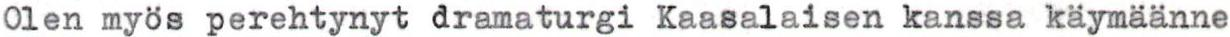
Olen myös perehtynyt dramaturgi Kaasalaisen kanssa käymäänne